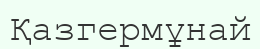
Қазгермұнай